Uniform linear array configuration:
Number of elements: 8
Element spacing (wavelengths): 0.25
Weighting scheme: exponential
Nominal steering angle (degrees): -15
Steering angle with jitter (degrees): -15.107
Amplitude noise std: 0.05
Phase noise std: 0.05

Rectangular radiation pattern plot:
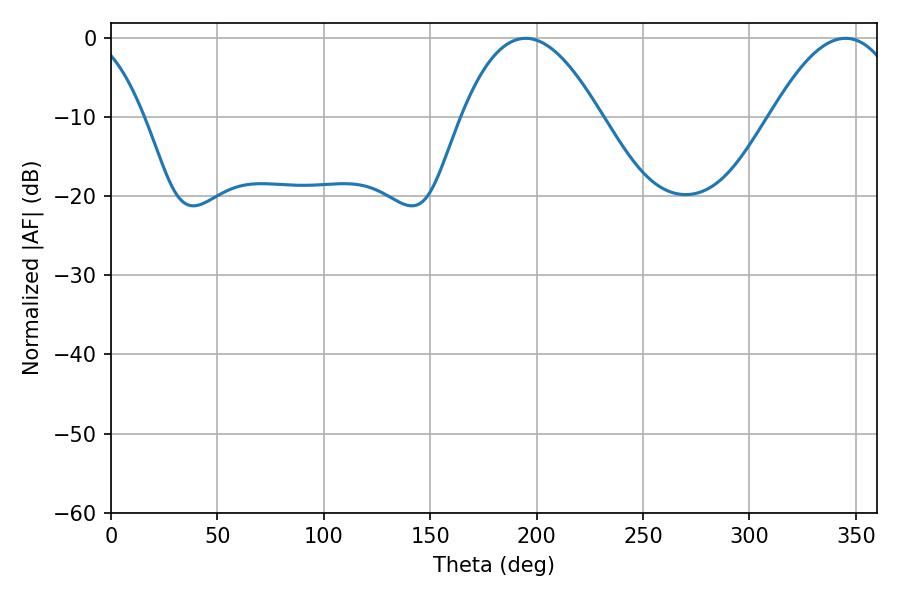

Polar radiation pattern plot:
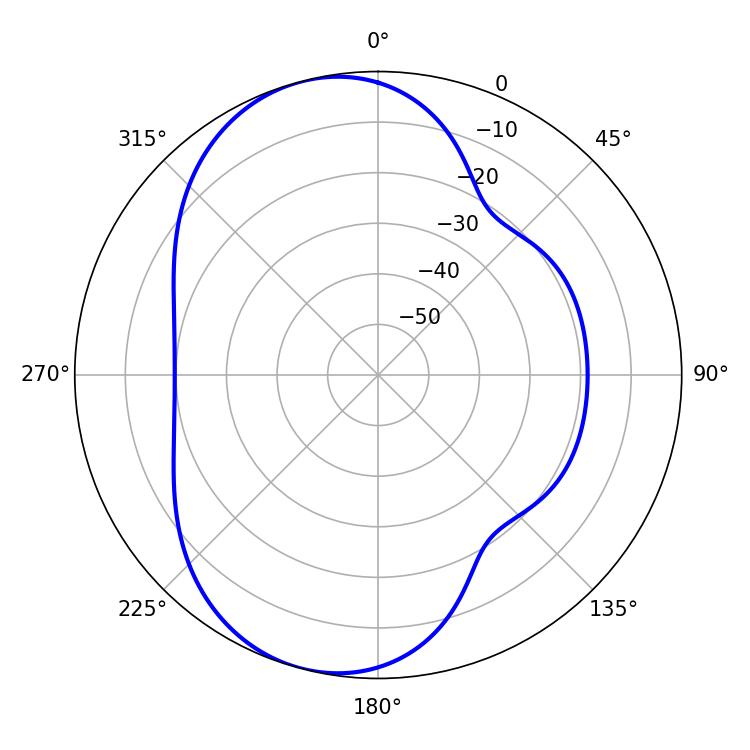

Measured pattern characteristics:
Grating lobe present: FALSE
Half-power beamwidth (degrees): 36
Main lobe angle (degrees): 194.76